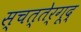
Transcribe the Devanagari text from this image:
स्चत्तेर्गूद्